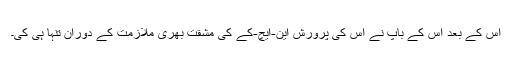
اس کے بعد اس کے باپ نے اس کی پرورش این-ایچ-کے کی مشقت بھری ملازمت کے دوران تنہا ہی کی۔